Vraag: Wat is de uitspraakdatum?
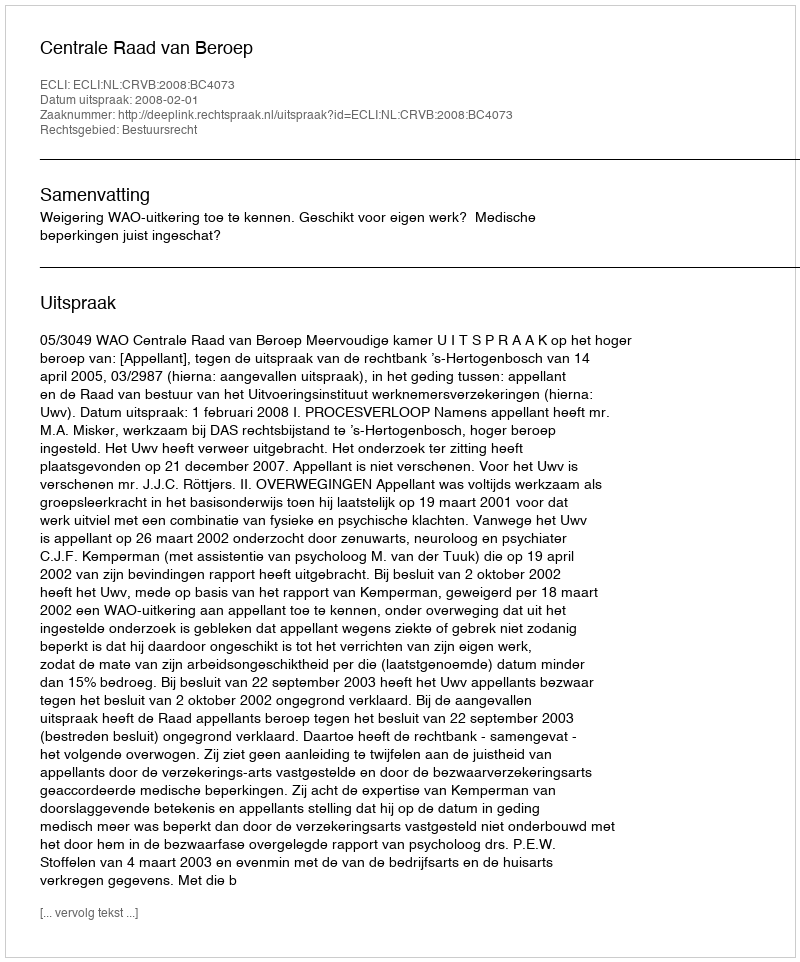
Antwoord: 2008-02-01